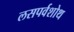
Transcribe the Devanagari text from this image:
लसपर्वशोथ